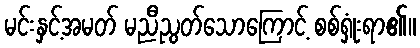
မင်းနှင့်အမတ် မညီညွတ်သောကြောင့် စစ်ရှုံးရာ၏။